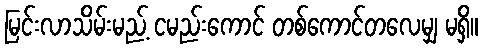
မြင်းလာသိမ်းမည့် ငမည်းကောင် တစ်ကောင်တလေမျှ မရှိ။